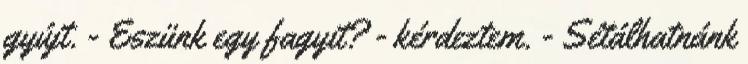
gyújt. - Eszünk egy fagyit? - kérdeztem. - Sétálhatnánk